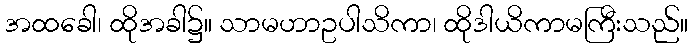
အထခေါ၊ ထိုအခါ၌။ သာမဟာဥပါသိကာ၊ ထိုဒါယိကာမကြီးသည်။